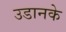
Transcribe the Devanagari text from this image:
उडानके